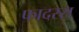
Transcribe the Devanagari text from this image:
फादरस